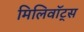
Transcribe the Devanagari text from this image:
मिलिवॉट्स